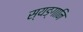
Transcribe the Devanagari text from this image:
स्यङ्गानि